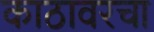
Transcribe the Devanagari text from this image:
काठावरचा